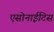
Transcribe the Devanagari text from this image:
एसोनाईटिस